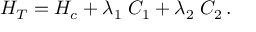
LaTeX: { \cal H } _ { T } = { \cal H } _ { c } + \lambda _ { 1 } \; { \cal C } _ { 1 } + \lambda _ { 2 } \; { \cal C } _ { 2 } \, .